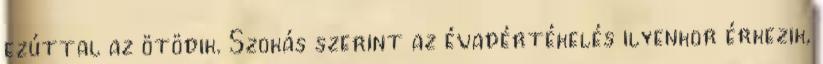
ezúttal az ötödik. Szokás szerint az évadértékelés ilyenkor érkezik,